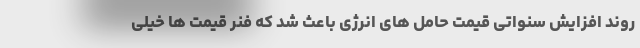
روند افزایش سنواتی قیمت حامل های انرژی باعث شد که فنر قیمت ها خیلی